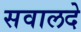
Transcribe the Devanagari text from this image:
सवालदे